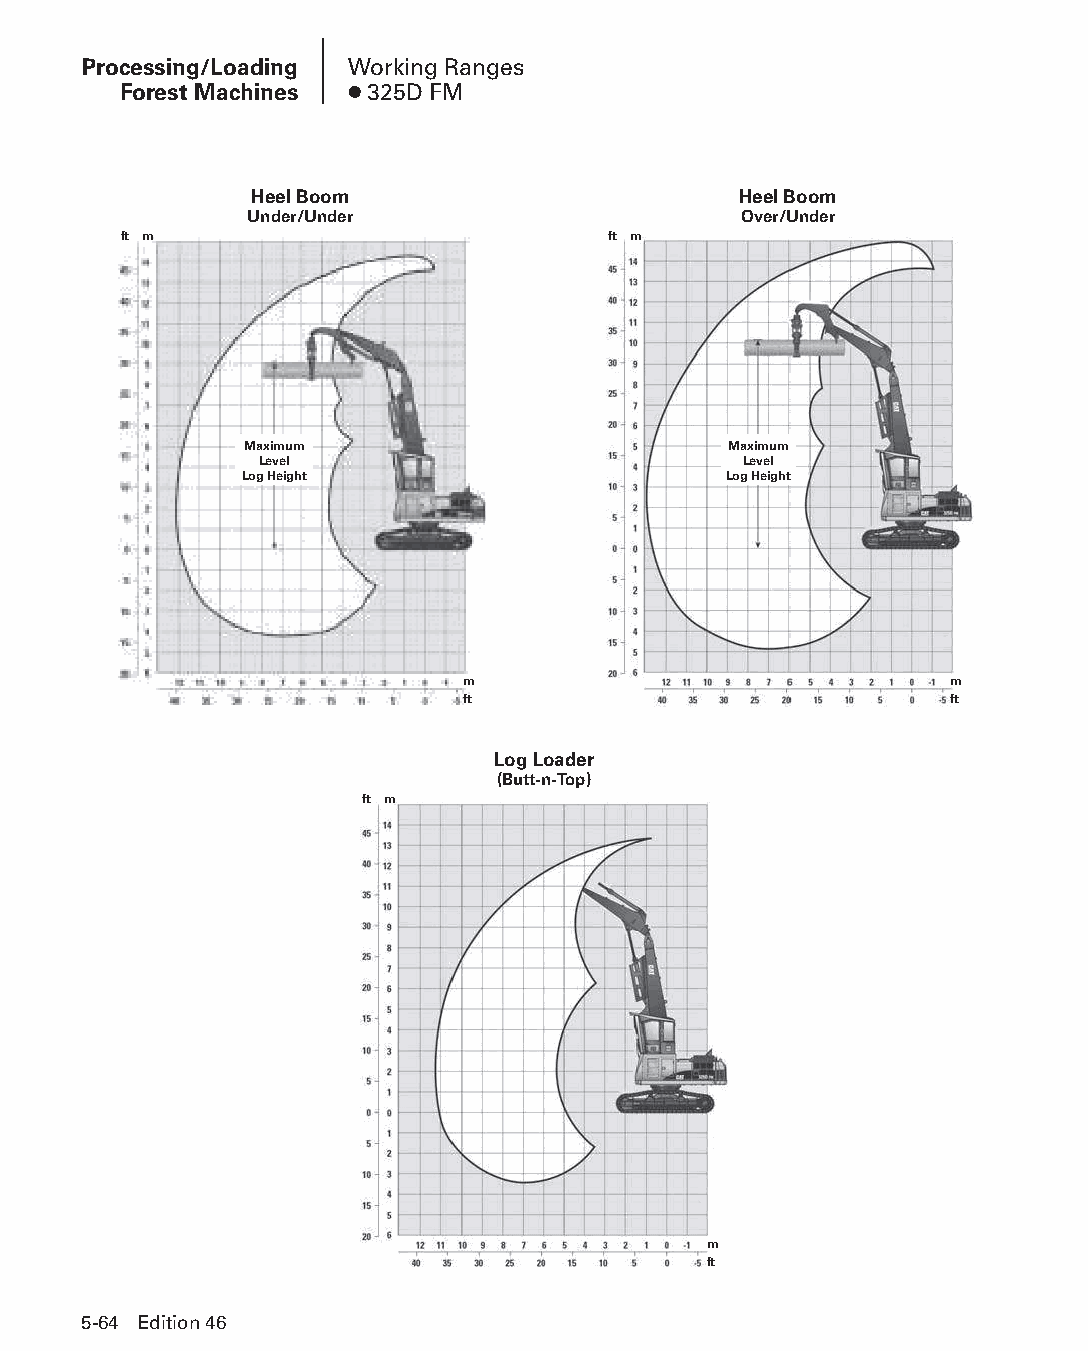
Processing/Loading Working Ranges
 Forest Machines ● 325D FM
 Heel Boom                       Heel Boom
 Under/Under                     Over/Under
 ft m                             ft m
 Maximum                         Maximum
 Level                            Level
 Log Height                      Log Height
 m                               m
 ft                              ft
 Log Loader
 (Butt-n-Top)
 ft m
 m
 ft
 5-64 Edition 46
 PPHHBB--SSeecc0055--1166..iinndddd 6644                        1122//44//1155 22::1188 PPMM